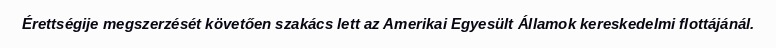
Érettségije megszerzését követően szakács lett az Amerikai Egyesült Államok kereskedelmi flottájánál.